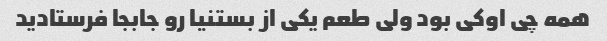
همه چی اوکی بود ولی طعم یکی از بستنیا رو جابجا فرستادید